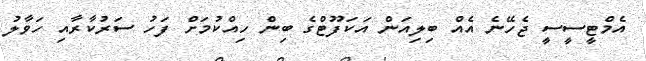
އެމްޓީސީސީ ޖެހޭނެ އެއް ބިލިއަން އަކަފޫޓްގެ ބިން ހިއްކުމަށް ފަހު ސަރުކާރާއި ހަވާލު